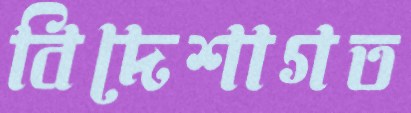
বিদেশাগত